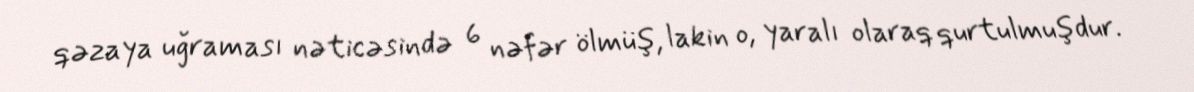
qəzaya uğraması nəticəsində 6 nəfər ölmüş, lakin o, yaralı olaraq qurtulmuşdur.